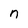
Character: n